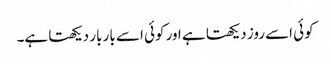
کوئی اسے روز دیکھتا ہے اور کوئی اسے بار بار دیکھتا ہے۔